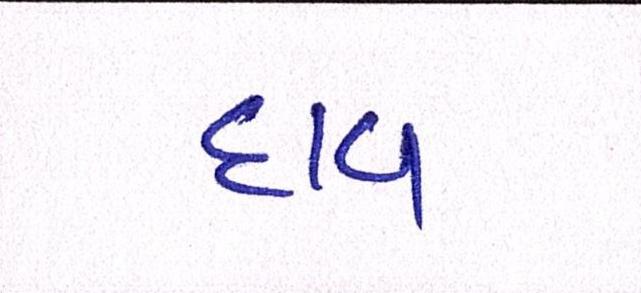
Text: દાવ